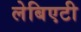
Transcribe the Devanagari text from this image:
लेबिएटी